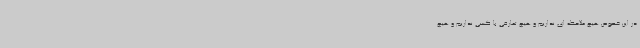
در این خصوص هیچ ملاحظه ای نداریم و هیچ تعارفی با کسی نداریم و هیچ